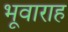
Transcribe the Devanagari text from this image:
भूवाराह